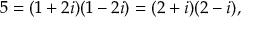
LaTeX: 5 = ( 1 + 2 i ) ( 1 - 2 i ) = ( 2 + i ) ( 2 - i ) ,